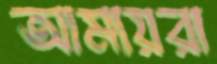
আমায়রা